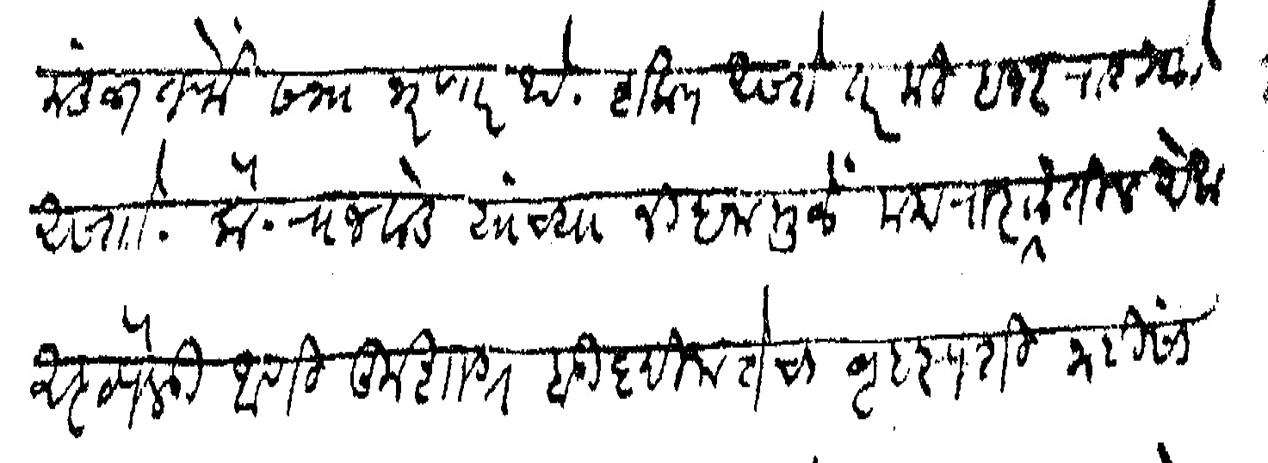
Transliteration (Devanagari): मंडळातर्फे सभा भरणार आहे शक्य असते तर मी हजर राहिलो असतो कै राजवाडे यांच्या निधनामुळे महाराष्ट्रातील एक अष्टपैलू आणि कुशाग्र बुद्धिमत्तेचा बृहस्पती नाहीसा